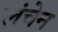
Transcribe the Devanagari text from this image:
लंचेन